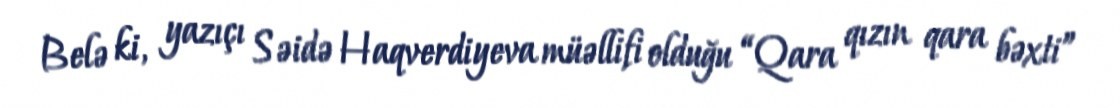
Belə ki, yazıçı Səidə Haqverdiyeva müəllifi olduğu “Qara qızın qara bəxti”